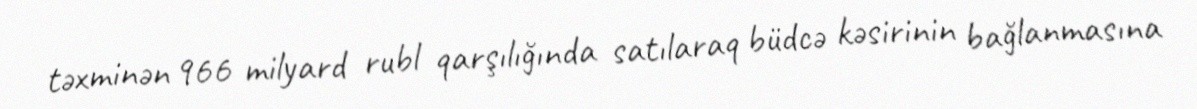
təxminən 966 milyard rubl qarşılığında satılaraq büdcə kəsirinin bağlanmasına